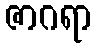
ဇာဂရာ